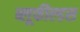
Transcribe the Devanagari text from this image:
ब्लूफील्डस